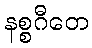
နစ္စဂီတေ